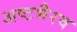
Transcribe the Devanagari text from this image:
अष्टभैरव